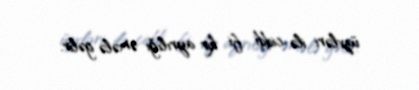
üzvləri ilə ciddi fi kir ayrılığı əmələ gəlir.